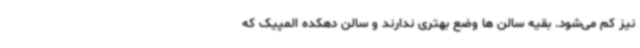
نیز کم می‌شود. بقیه سالن ها وضع بهتری ندارند و سالن دهکده المپیک که